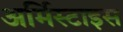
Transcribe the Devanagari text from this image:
अर्मिस्टाइस